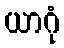
ယာဂုံ